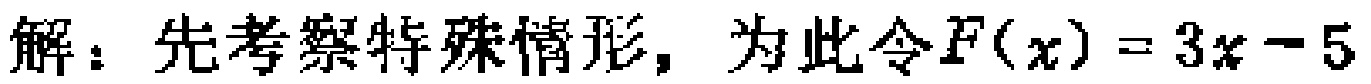
解：先考察特殊情形，为此令\(F(x)=3x - 5\)